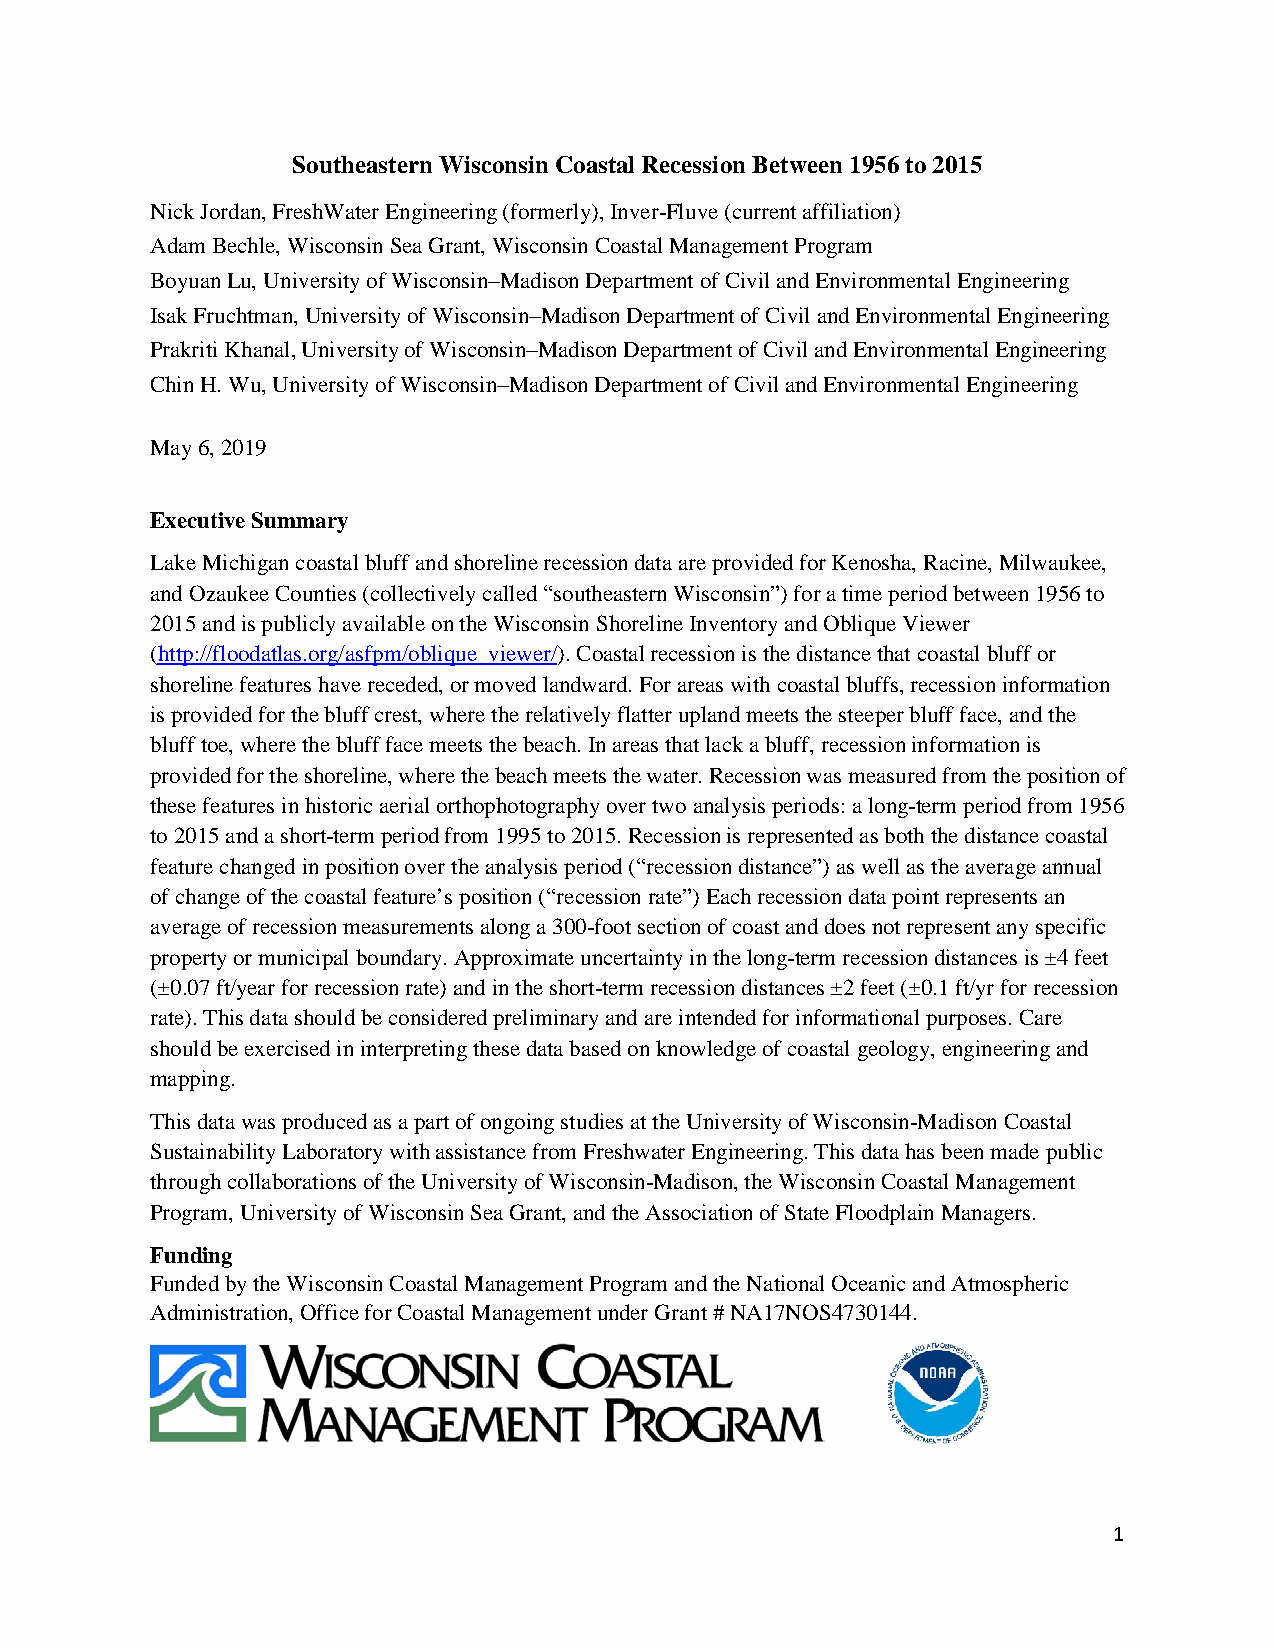
Southeastern Wisconsin Coastal Recession Between 1956 to 2015
 Nick Jordan, FreshWater Engineering (formerly), Inver-Fluve (current affiliation)
 Adam Bechle, Wisconsin Sea Grant, Wisconsin Coastal Management Program
 Boyuan Lu, University of Wisconsin–Madison Department of Civil and Environmental Engineering
 Isak Fruchtman, University of Wisconsin–Madison Department of Civil and Environmental Engineering
 Prakriti Khanal, University of Wisconsin–Madison Department of Civil and Environmental Engineering
 Chin H. Wu, University of Wisconsin–Madison Department of Civil and Environmental Engineering
 May 6, 2019
 Executive Summary
 Lake Michigan coastal bluff and shoreline recession data are provided for Kenosha, Racine, Milwaukee,
 and Ozaukee Counties (collectively called “southeastern Wisconsin”) for a time period between 1956 to
 2015 and is publicly available on the Wisconsin Shoreline Inventory and Oblique Viewer
 (http://floodatlas.org/asfpm/oblique_viewer/). Coastal recession is the distance that coastal bluff or
 shoreline features have receded, or moved landward. For areas with coastal bluffs, recession information
 is provided for the bluff crest, where the relatively flatter upland meets the steeper bluff face, and the
 bluff toe, where the bluff face meets the beach. In areas that lack a bluff, recession information is
 provided for the shoreline, where the beach meets the water. Recession was measured from the position of
 these features in historic aerial orthophotography over two analysis periods: a long-term period from 1956
 to 2015 and a short-term period from 1995 to 2015. Recession is represented as both the distance coastal
 feature changed in position over the analysis period (“recession distance”) as well as the average annual
 of change of the coastal feature’s position (“recession rate”) Each recession data point represents an
 average of recession measurements along a 300-foot section of coast and does not represent any specific
 property or municipal boundary. Approximate uncertainty in the long-term recession distances is ±4 feet
 (±0.07 ft/year for recession rate) and in the short-term recession distances ±2 feet (±0.1 ft/yr for recession
 rate). This data should be considered preliminary and are intended for informational purposes. Care
 should be exercised in interpreting these data based on knowledge of coastal geology, engineering and
 mapping.
 This data was produced as a part of ongoing studies at the University of Wisconsin-Madison Coastal
 Sustainability Laboratory with assistance from Freshwater Engineering. This data has been made public
 through collaborations of the University of Wisconsin-Madison, the Wisconsin Coastal Management
 Program, University of Wisconsin Sea Grant, and the Association of State Floodplain Managers.
 Funding
 Funded by the Wisconsin Coastal Management Program and the National Oceanic and Atmospheric
 Administration, Office for Coastal Management under Grant # NA17NOS4730144.
 1